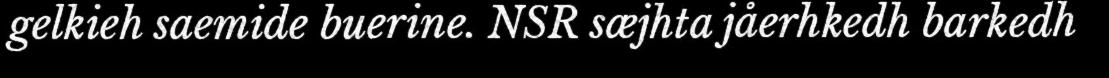
gelkieh saemide buerine. NSR sæjhta jåerhkedh barkedh